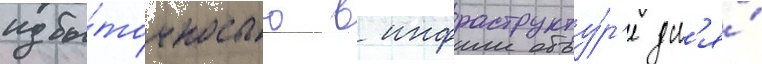
избы́точностью в инфраструкту́р'е дл'я́